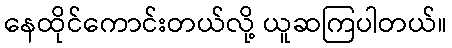
နေထိုင်ကောင်းတယ်လို့ ယူဆကြပါတယ်။